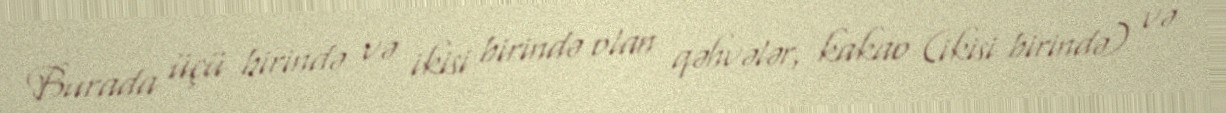
Burada üçü birində və ikisi birində olan qəhvələr, kakao (ikisi birində) və